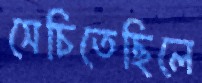
সেচিতেছিলে